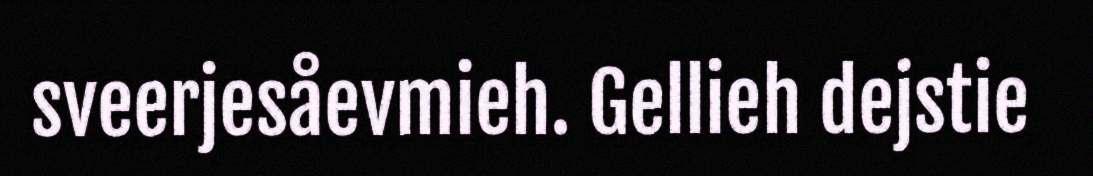
sveerjesåevmieh. Gellieh dejstie